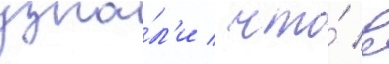
узна́л'и / что́ в